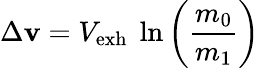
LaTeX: \Delta\mathbf{v}=V_{\mathrm{{{exh}}}}~\ln\left({\frac{{m_{0}}}{{m_{1}}}}\right)